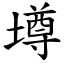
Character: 墫